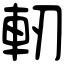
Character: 軔